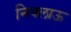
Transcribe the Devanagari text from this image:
निक्लाऊ